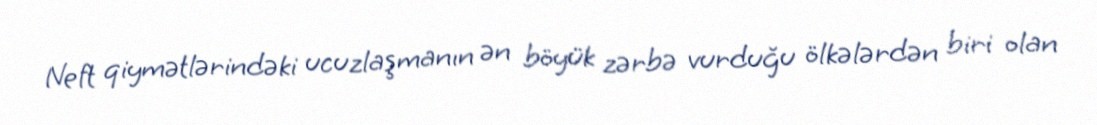
Neft qiymətlərindəki ucuzlaşmanın ən böyük zərbə vurduğu ölkələrdən biri olan